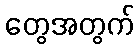
တွေအတွက်